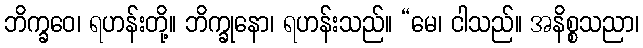
ဘိက္ခဝေ၊ ရဟန်းတို့။ ဘိက္ခုနော၊ ရဟန်းသည်။ “မေ၊ ငါသည်။ အနိစ္စသညာ၊